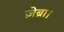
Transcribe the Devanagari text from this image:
ज़ेब्रा।